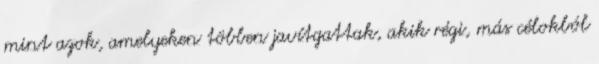
mint azok, amelyeken többen javítgattak, akik régi, más célokból